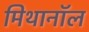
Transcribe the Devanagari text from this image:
मिथानॉल